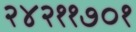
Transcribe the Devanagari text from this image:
२४२११७०१